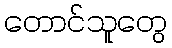
တောင်သူတွေ